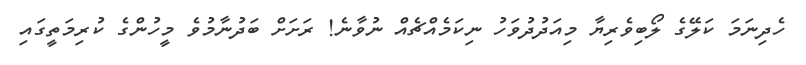
ހެދިނަމަ ކަލޭގެ ލޯބިވެރިޔާ މިއަދުދުވަހު ނިކަމެއްޗެއް ނުވާނެ! ރަށަށް ބަދުނާމުވެ މީހުންގެ ކުރިމަތީގައި